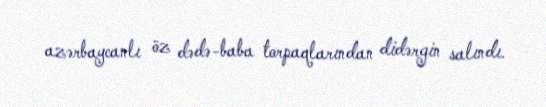
azərbaycanlı öz dədə-baba torpaqlarından didərgin salındı.